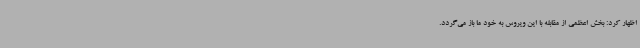
اظهار کرد: بخش اعظمی از مقابله با این ویروس به خود ما باز می‌گردد.